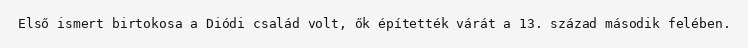
Első ismert birtokosa a Diódi család volt, ők építették várát a 13. század második felében.